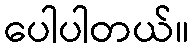
ပေါပါတယ်။